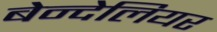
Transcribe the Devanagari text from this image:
बेन्देलियर